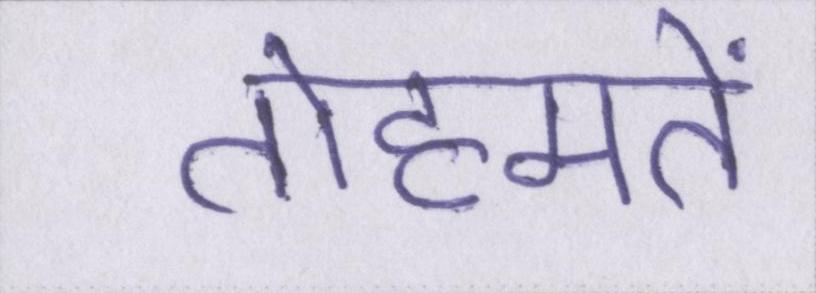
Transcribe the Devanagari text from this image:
तोहमतें